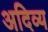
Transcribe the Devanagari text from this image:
अदिव्य